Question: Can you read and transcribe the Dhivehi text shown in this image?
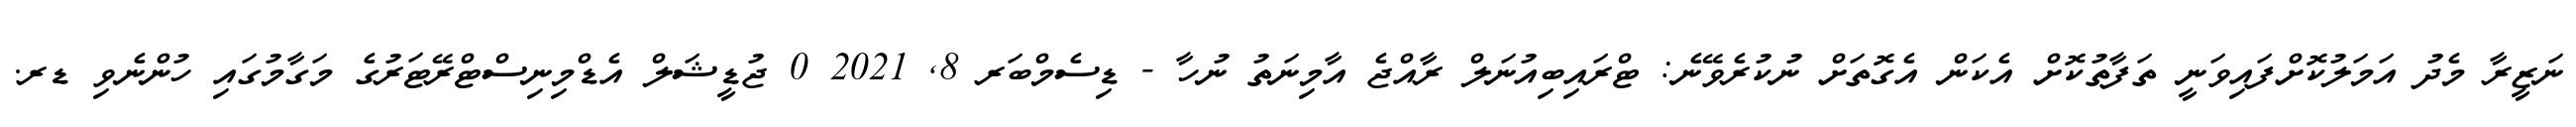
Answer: ނަޒީރާ މެދު އަމަލުކޮށްފައިވަނީ ތަފާތުކޮށް އެކަން އެގޮތަށް ނުކުރެވޭނެ: ޓްރައިބިއުނަލް ރާއްޖެ އާމިނަތު ނުހާ - ޑިސެމްބަރ 8, 2021 0 ޖުޑީޝަލް އެޑްމިނިސްޓްރޭޓަރުގެ މަގާމުގައި ހުންނެވި ޑރ.